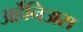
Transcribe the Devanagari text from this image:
अर्हॆनिअस